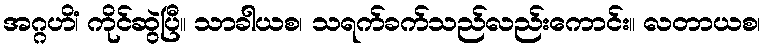
အဂ္ဂဟိံ၊ ကိုင်ဆွဲပြီ။ သာခါယစ၊ သရက်ခက်သည်လည်းကောင်း။ လတာယစ၊